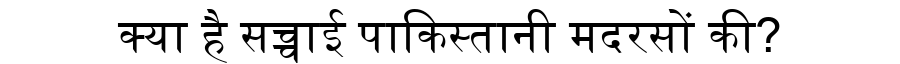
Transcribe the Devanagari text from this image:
क्या है सच्चाई पाकिस्तानी मदरसों की?